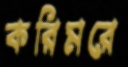
করিমরে